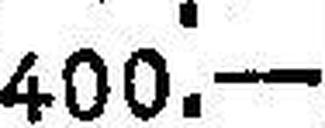
400.—